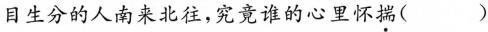
目生分的人南来北往，究竟谁的心里怀揣( )